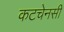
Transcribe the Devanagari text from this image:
कटचेनसी